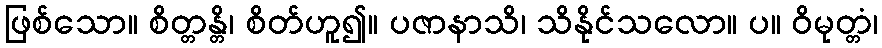
ဖြစ်သော။ စိတ္တန္တိ၊ စိတ်ဟူ၍။ ပဇာနာသိ၊ သိနိုင်သလော။ ပ။ ဝိမုတ္တံ၊